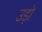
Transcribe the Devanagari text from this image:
उड़ो